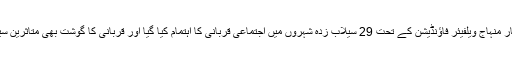
انہوں نے کہا کہ اس بار منہاج ویلفیئر فاؤنڈیشن کے تحت 29 سیلاب زدہ شہروں میں اجتماعی قربانی کا اہتمام کیا گیا اور قربانی کا گوشت بھی متاثرین سیلاب میں تقسیم کیا گیا۔